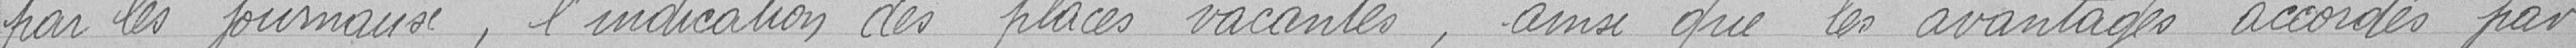
par les journaux, l'indication des places vacantes, ainsi que les avantages accordés par